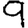
Digit: 9